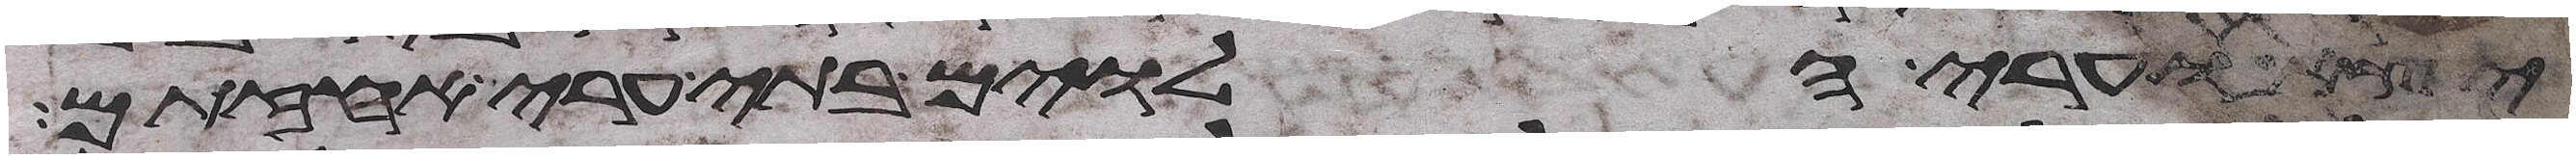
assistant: יצא וערי הלוים בתי ערי אחזתם